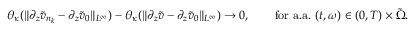
\theta _ { \kappa } ( \| \partial _ { z } \tilde { v } _ { n _ { k } } - \partial _ { z } \tilde { v } _ { 0 } \| _ { L ^ { \infty } } ) - \theta _ { \kappa } ( \| \partial _ { z } \tilde { v } - \partial _ { z } \tilde { v } _ { 0 } \| _ { L ^ { \infty } } ) \rightarrow 0 , \qquad \mathrm { f o r ~ a . a . ~ } ( t , \omega ) \in ( 0 , T ) \times \tilde { \Omega } .